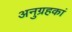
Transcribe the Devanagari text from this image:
अनुग्रहकां